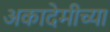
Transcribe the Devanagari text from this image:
अकादेमीच्या